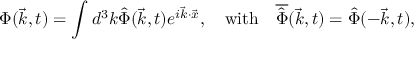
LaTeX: \Phi ( \vec { k } , t ) = \int d ^ { 3 } k { \hat { \Phi } } ( \vec { k } , t ) e ^ { i { \vec { k } } \cdot { \vec { x } } } , \quad \mathrm { w i t h } \quad { \overline { { { \hat { \Phi } } } } } ( \vec { k } , t ) = { \hat { \Phi } } ( - \vec { k } , t ) , \nonumber